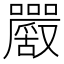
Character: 𡅮